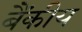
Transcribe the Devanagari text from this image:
बैंकीय